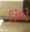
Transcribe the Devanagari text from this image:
९३०३